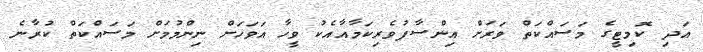
އަދި ކޮމިޓީގެ މަސައްކަތް ވަރަށް އިންސާފުވެރިކަމާއާއެކު ވީހާ އަވަހަށް ނިންމުމަށް މަސައްކަތް ކުރާނެ